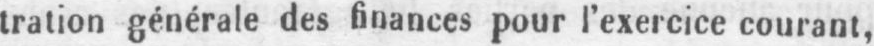
tration générale des finances pour l’exercice courant,